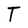
Character: T